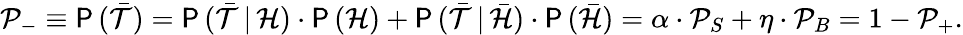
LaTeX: \mathcal{P}_{-}\equiv\mathsf{{P}}\, (\bar{{\mathcal{{T}}}})=\mathsf{{P}}\, (\bar{{\mathcal{{T}}}}\, |\, \mathcal{{H}})\cdot\mathsf{{P}}\, (\mathcal{{H}})+\mathsf{{P}}\, (\bar{{\mathcal{{T}}}}\, |\, \bar{{\mathcal{{H}}}})\cdot\mathsf{{P}}\, (\bar{{\mathcal{{H}}}})=\alpha\cdot\mathcal{P}_{S}+\eta\cdot\mathcal{P}_{B}=1-\mathcal{P}_{+}.